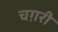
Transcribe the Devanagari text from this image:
चग़री